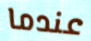
عندما